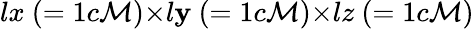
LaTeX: lx~(=1c\mathcal{M}){\times}l\mathbf{y}~(=1c\mathcal{M}){\times}lz~(=1c\mathcal{M})